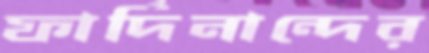
ফার্দিনান্দের